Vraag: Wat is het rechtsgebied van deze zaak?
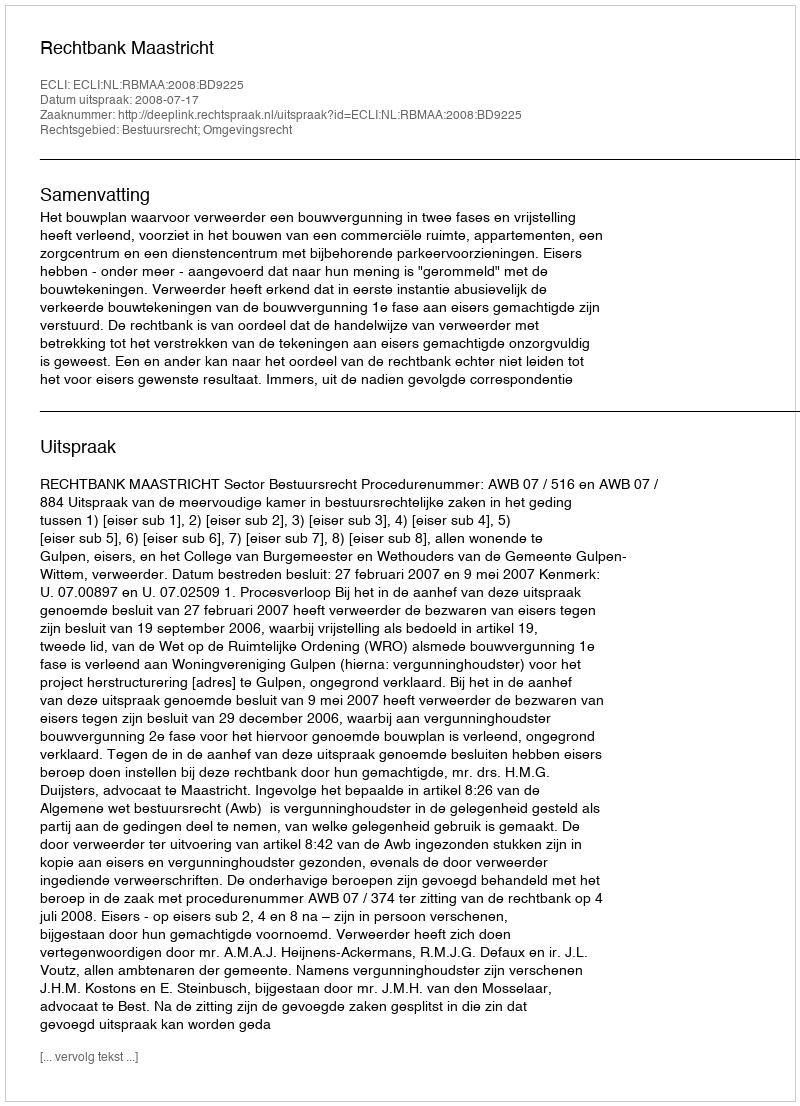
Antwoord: Bestuursrecht; Omgevingsrecht